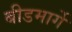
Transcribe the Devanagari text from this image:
बीडमार्गे